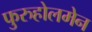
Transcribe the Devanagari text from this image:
फुरुहोलमेन